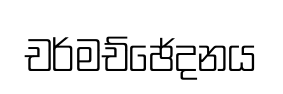
චර්මච්ඡේදනය